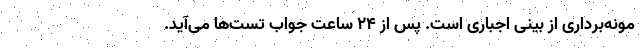
مونه‌برداری از بینی اجباری است. پس از ۲۴ ساعت جواب تست‌ها می‌آید.